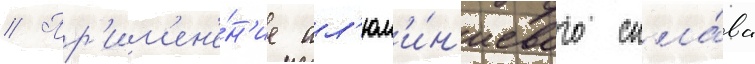
// Пр'им'ен'е́н'ие ал'юм'и́н'иевого спла́ва